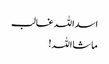
اسداللہ غالب
ماشااللہ!